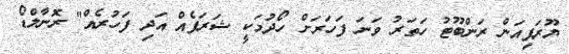
ޔޫރަޕިއަން ރަންބޫޓު ހަތަރު ވަނަ ފަހަރަށް ހޯދުމަކީ ޝަރަފެއް އަދި ފަހުރެއް" ރޮނާލްޑޯ